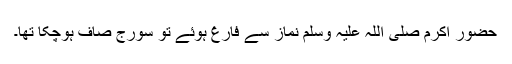
حضور اکرم صلی اللہ علیہ وسلم نماز سے فارغ ہوئے تو سورج صاف ہوچکا تھا۔